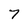
Character: 7